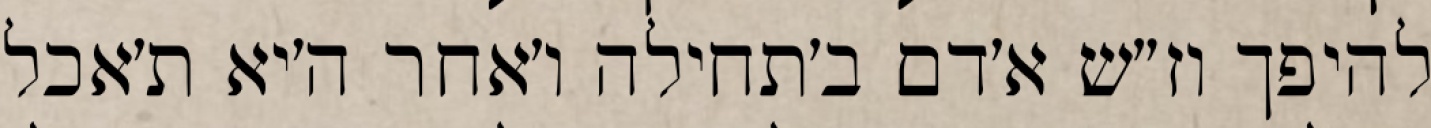
להיפך וז״ש א׳דם ב׳תחילה ו׳אחר ה׳יא ת׳אכל